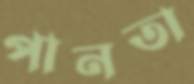
পানতা